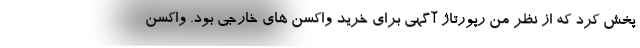
پخش کرد که از نظر من رپورتاژ آگهی برای خرید واکسن های خارجی بود. واکسن